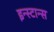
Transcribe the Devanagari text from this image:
इन्स्टान्स